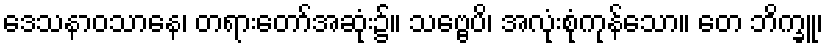
ဒေသနာဝသာနေ၊ တရားတော်အဆုံး၌။ သဗ္ဗေပိ၊ အလုံးစုံကုန်သော။ တေ ဘိက္ခူ၊